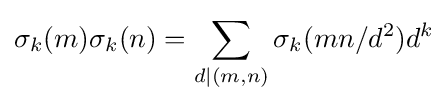
\sigma _{k}(m)\sigma _{k}(n)=\sum _{d\mid (m,n)}\sigma _{k}(mn/d^{2})d^{k}